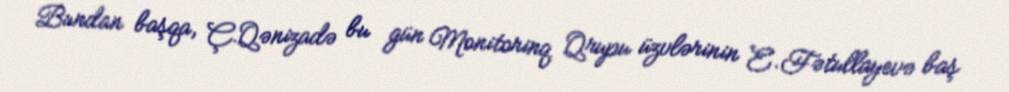
Bundan başqa, Ç.Qənizadə bu gün Monitorinq Qrupu üzvlərinin E.Fətullayevə baş